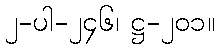
၂-ပါ-၂၄၆၊ ဋ္ဌ-၂၀၁။